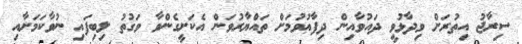
ސިރާޖު އިތުރަށް ވިދާޅުވީ ދައުވާއިން ދިފާޢުވުމަށް ތައްޔާރުވަން އެކަށީގެންވާ ވަގުތު ލިބިފައި ނުވާކަމަށާއި